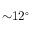
{ \sim } 1 2 ^ { \circ }